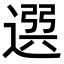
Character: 𨕖